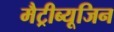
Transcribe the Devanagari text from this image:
मैट्रीब्यूजिन